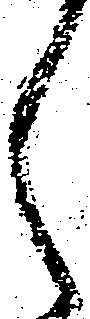
く